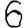
Digit: 6